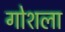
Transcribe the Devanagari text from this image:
गोशला